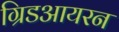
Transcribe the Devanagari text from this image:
ग्रिडआयरन